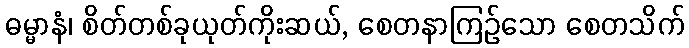
ဓမ္မာနံ၊ စိတ်တစ်ခုယုတ်ကိုးဆယ်, စေတနာကြဉ်သော စေတသိက်